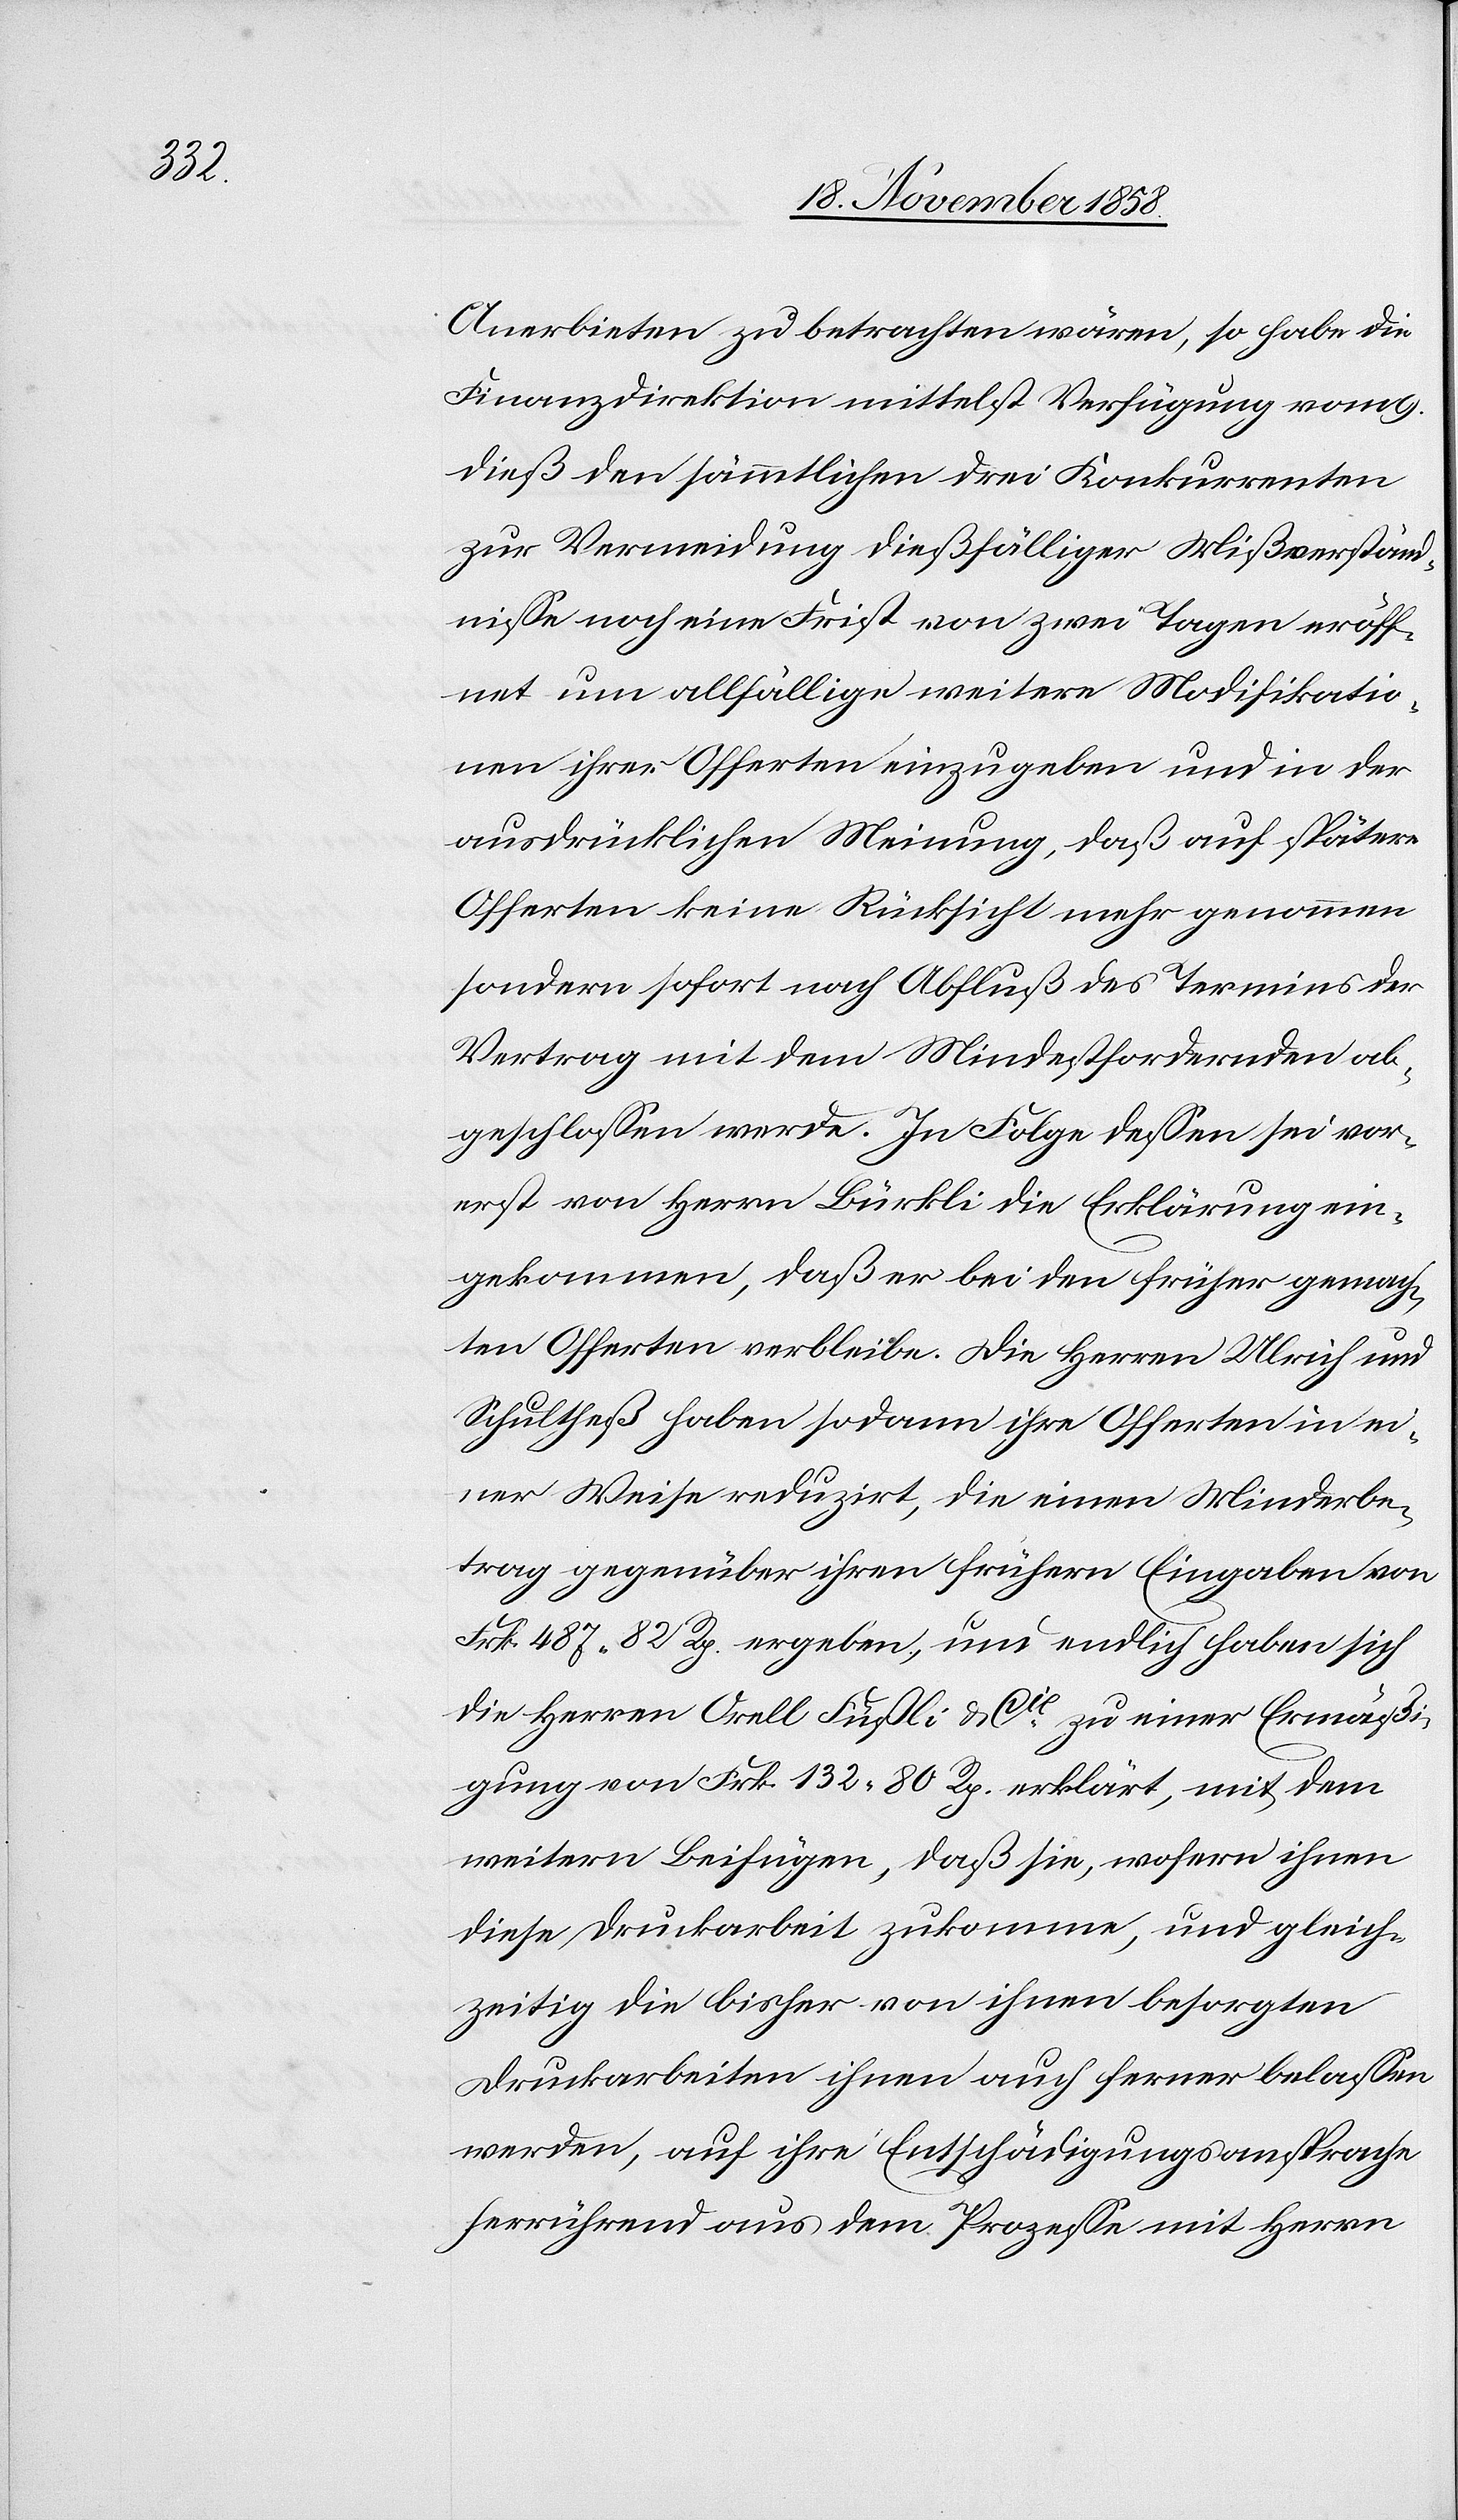
Anerbieten zu betrachten wären, so habe die
Finanzdirektion mittelst Verfügung vom 9.
dieß den sämmtlichen drei Konkurrenten
zur Vermeidung dießfälliger Mißverständ¬
nisse noch eine Frist von zwei Tagen eröff¬
net um allfällige weitere Modifikatio¬
nen ihrer Offerten einzugeben und in der
ausdrücklichen Meinung, daß auf spätere
Offerten keine Rücksicht mehr genommen
sondern sofort nach Abfluß des Termins der
Vertrag mit dem Mindestfordernden ab¬
geschlossen werde. In Folge dessen sei vor¬
erst von Herrn Bürkli die Erklärung ein¬
gekommen, daß er bei den früher gemach¬
ten Offerten verbleibe. Die Herren Ulrich und
Schultheß haben sodann ihre Offerten in ei¬
ner Weise reduzirt, die einen Minderbe¬
trag gegenüber ihren frühern Eingaben von
Frk. 487 82 Rp. ergeben, und endlich haben sich
die Herren Orell Füßli & Cie zu einer Ermäßi¬
gung von Frk. 132 80 Rp. erklärt, mit dem
weitern Beifügen, daß sie, wofern ihnen
diese Druckarbeit zukomme, und gleich¬
zeitig die bisher von ihnen besorgten
Druckarbeiten ihnen auch ferner belassen
werden, auf ihre Entschädigungsansprache
herrührend aus dem Prozesse mit Herrn